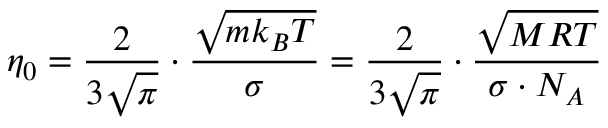
\quad \eta _ { 0 } = { \frac { 2 } { 3 { \sqrt { \pi } } } } \cdot { \frac { \sqrt { m k _ { B } T } } { \sigma } } = { \frac { 2 } { 3 { \sqrt { \pi } } } } \cdot { \frac { \sqrt { M R T } } { \sigma \cdot N _ { A } } }